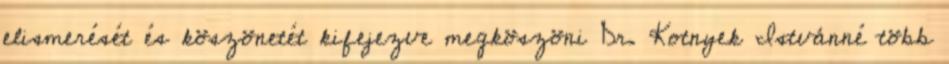
elismerését és köszönetét kifejezve megköszöni Dr. Kotnyek Istvánné több